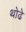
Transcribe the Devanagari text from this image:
थोढे